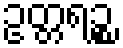
ဥတ္တရဉ္စ